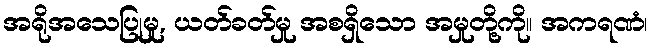
အရိုအသေပြုမှု, ယတ်ခတ်မှု အစရှိသော အမှုတို့ကို။ အကရဏံ၊